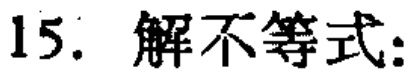
15. 解不等式：